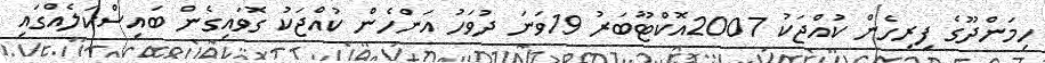
ހިމަންދޫގެ ފިރިހެން ކުއްޖަކު 2007އޮކްޓޫބަރު 19ވަނަ ދުވަހު އަންހެން ކުއްޖަކު ގޮވައިގެން ބައިސްކަލެއްގައި